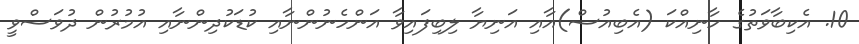
10. އެކިބާވަތުގެ ހާނިއްކަ (އެބިއުސް)އާއި އަނިޔާ ލިބިފައިވާ އަންހެނުންނާއި ކުޑަކުދިންނާއި އުމުރުން ދުވަސްވީ